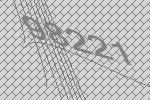
98221